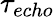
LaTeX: \tau_{echo}